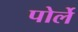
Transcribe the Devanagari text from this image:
पोर्ले